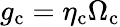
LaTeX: g_{\mathrm{c}}=\eta_{\mathrm{c}}\Omega_{\mathrm{c}}